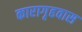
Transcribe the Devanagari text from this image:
कारागृहवास